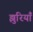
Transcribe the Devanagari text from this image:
झुरियाँ